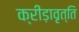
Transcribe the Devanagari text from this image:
क्रीड़ावृत्ति